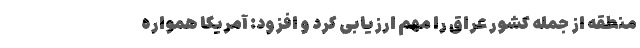
منطقه از جمله کشور عراق را مهم ارزیابی کرد و افزود: آمریکا همواره